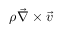
\rho { \vec { \nabla } } \times { \vec { v } }